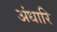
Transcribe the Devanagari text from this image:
अंधारि